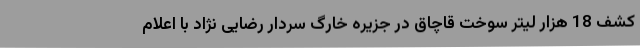
کشف 18 هزار لیتر سوخت قاچاق در جزیره خارگ سردار رضایی نژاد با اعلام